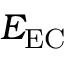
E _ { \mathrm { E C } }